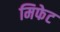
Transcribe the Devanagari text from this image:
मिफेट